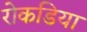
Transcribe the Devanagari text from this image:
रोकडिया